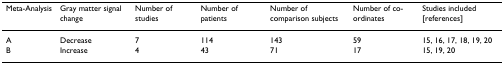
<table><thead><tr><td><b>Meta-Analysis</b></td><td><b>Gray matter signal change</b></td><td><b>Number of studies</b></td><td><b>Number of patients</b></td><td><b>Number of comparison subjects</b></td><td><b>Number of co-ordinates</b></td><td><b>Studies included [references]</b></td></tr></thead><tbody><tr><td>A</td><td>Decrease</td><td>7</td><td>114</td><td>143</td><td>59</td><td>15, 16, 17, 18, 19, 20</td></tr><tr><td>B</td><td>Increase</td><td>4</td><td>43</td><td>71</td><td>17</td><td>15, 19, 20</td></tr></tbody></table>